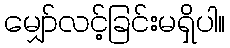
မျှော်လင့်ခြင်းမရှိပါ။